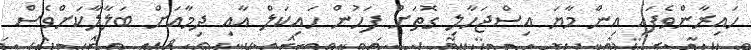
ހައިރާންވެފައި އިން މާޔަ އިސްޖަހާލި ގޮތަށް ފަހުން ހައިކަލް އާއި ދިމާއަށް ބަލާލާކަށްވެސް